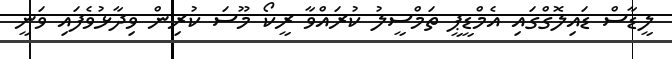
ލީޑާސް ޑައިލޮގްގައި އެމްޑީޕީ ތަމްސީލު ކުރައްވާ ރީކޯ މޫސަ ކުރިން ވިދާޅުވެފައި ވަނީ